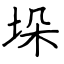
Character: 垛